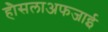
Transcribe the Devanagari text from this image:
हौसलाअफजाई